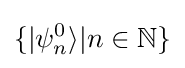
\{|\psi _{n}^{0}\rangle |n\in \mathbb {N} \}